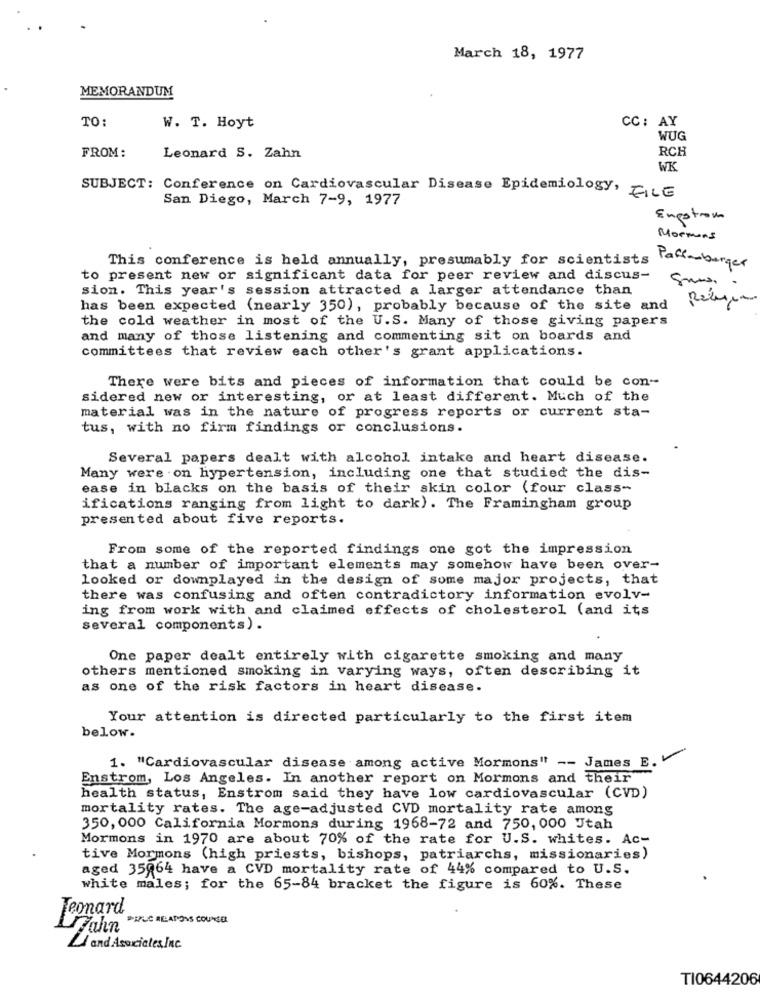
March 18, 1977
MEMORANDUM
TO:
CC: AY
W. T. Hoyt
WUG
RCH
FROM:
Leonard S. Zahn
WK
SUBJECT: Conference on Cardiovascular Disease Epidemiology, FILE
San Diego, March 7-9, 1977
Engstrom
Moemens
This conference is held annually, presumably for scientists
Paffmburger
to present new or significant data for peer review and discus-
sion. This year's session attracted a larger attendance than
has been expected (nearly 350), probably because of the site and
the cold weather in most of the U.S. Many of those giving papers
and many of those listening and commenting sit on boards and
committees that review each other's grant applications.
There were bits and pieces of information that could be con-
sidered new or interesting, or at least different. Much of the
material was in the nature of progress reports or current sta-
tus, with no firm findings or conclusions.
Several papers dealt with alcohol intake and heart disease.
Many were on hypertension, including one that studied the dis-
ease in blacks on the basis of their skin color (four class-
ifications ranging from light to dark). The Framingham group
presented about five reports.
From some of the reported findings one got the impression
that a number of important elements may somehow have been over-
looked or downplayed in the design of some major projects, that
there was confusing and often contradictory information evolv-
ing from work with and claimed effects of cholesterol (and its
several components) .
One paper dealt entirely with cigarette smoking and many
others mentioned smoking in varying ways, often describing it
as one of the risk factors in heart disease.
Your attention is directed particularly to the first item
below.
1. "Cardiovascular disease among active Mormons" -- James E.
Enstrom, Los Angeles. In another report on Mormons and their
health status, Enstrom said they have low cardiovascular (CVD)
mortality rates. The age-adjusted CVD mortality rate among
350,000 California Mormons during 1968-72 and 750, 000 Utah
Mormons in 1970 are about 70% of the rate for U.S. whites. Ac-
tive Mormons (high priests, bishops, patriarchs, missionaries)
aged 35064 have a CVD mortality rate of 44% compared to U.S.
white males; for the 65-84 bracket the figure is 60%. These
Leonard
DIFUS RELATIONS COUNSEL
Hahn
Li and Asociales.Inc.
TI0644206